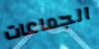
الجماعات